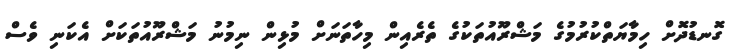
ގޮނޑުދޮށް ހިމާޔަތްކުރުމުގެ މަޝްރޫއުތަކުގެ ތެރެއިން މިހާތަނަށް މުޅިން ނިމުނު މަޝްރޫއުތަކަށް އެކަނި ވެސް